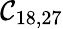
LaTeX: \mathcal{C}_{18,27}